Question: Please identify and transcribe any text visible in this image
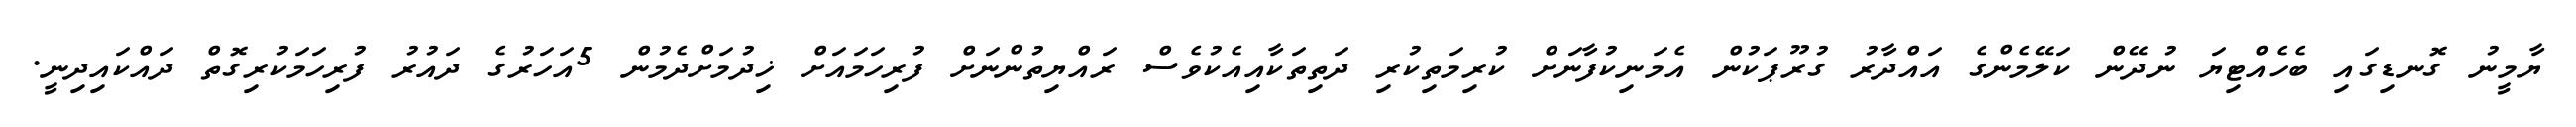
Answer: ޔާމީނު ގޮނޑިގައި ބެހެއްޓިޔަ ނުދޭން ކަލޭމެންގެ އައްދާރު ގުރޫޕަކުން އެމަނިކުފާނަށް ކުރިމަތިކުރި ދަތިތަކާއިއެކުވެސް ރައްޔިތުންނަށް ފުރިހަމައަށް ޚިދުމަށްދެމުން 5އަހަރުގެ ދައުރު ފުރިހަމަކުރިގޮތް ދައްކައިދިނީ.